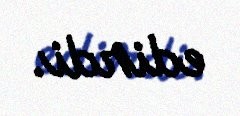
edirdi.